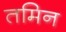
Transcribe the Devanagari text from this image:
तमिन